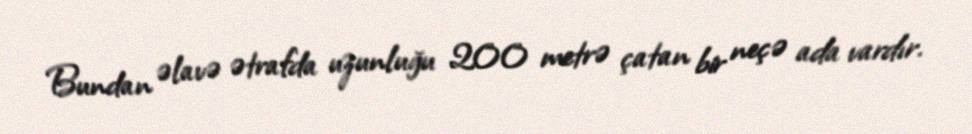
Bundan əlavə ətrafda uzunluğu 200 metrə çatan bir neçə ada vardır.